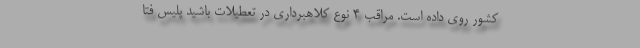
کشور روی داده است. مراقب ۴ نوع کلاهبرداری در تعطیلات باشید پلیس فتا